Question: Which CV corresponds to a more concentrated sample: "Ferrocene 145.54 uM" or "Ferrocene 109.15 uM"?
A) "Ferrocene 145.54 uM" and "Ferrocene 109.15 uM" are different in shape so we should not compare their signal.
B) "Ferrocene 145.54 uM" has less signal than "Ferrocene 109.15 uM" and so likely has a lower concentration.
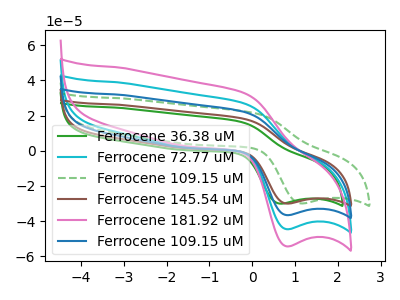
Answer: <think>The green curve "Ferrocene 36.38 uM" has an anodic peak at (-0.30V, 16.75uA) and a cathodic peak at (0.65V, -30.05uA). The cyan curve "Ferrocene 72.77 uM" has an anodic peak at (-0.20V, 44.35uA) and a cathodic peak at (0.80V, -73.20uA). The green dashed curve "Ferrocene 109.15 uM" has an anodic peak at (0.10V, 21.30uA) and a cathodic peak at (1.15V, -29.95uA). The brown curve "Ferrocene 145.54 uM" has an anodic peak at (-0.20V, 18.20uA) and a cathodic peak at (0.80V, -30.05uA). The pink curve "Ferrocene 181.92 uM" has an anodic peak at (-0.20V, 66.50uA) and a cathodic peak at (0.80V, -109.80uA). The blue curve "Ferrocene 109.15 uM" has an anodic peak at (-0.20V, 22.15uA) and a cathodic peak at (0.80V, -36.60uA).
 All the peaks in "Ferrocene 145.54 uM" have a peak in "Ferrocene 109.15 uM" at the same potential. Every peak in "Ferrocene 145.54 uM" is lower than every peak in "Ferrocene 109.15 uM".</think>
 <answer>B) "Ferrocene 145.54 uM" has less signal than "Ferrocene 109.15 uM" and so likely has a lower concentration.</answer>
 <eval>B</eval>